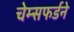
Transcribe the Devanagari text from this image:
चेम्सफर्डने